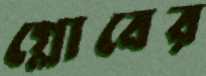
গ্লোবের